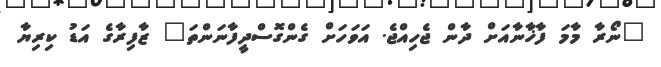
"ނޯރާ މާމަ ފާޚާނާއަށް ދާން ޖެހިއްޖެ. އަވަހަށް ގެންގޮސްދީފާނަންތަ" ޒާފިރާގެ އަޑު ކިރިޔާ